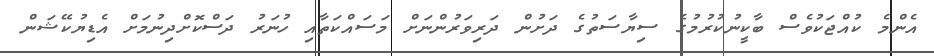
އެންމެ ކުއްޖަކުވެސް ބާކީނުކުރުމުގެ ސިޔާސަތުގެ ދަށުން ދަރިވަރުންނަށް މަސައްކަތާއި ހުނަރު ދަސްކޮށްދިނުމަށް އެޑިޔުކޭޝަން